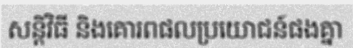
សន្តិវិធី និងគោរពផលប្រយោជន៍ផងគ្នា